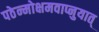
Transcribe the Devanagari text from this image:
पठेन्मोक्षमवाप्नुयात्